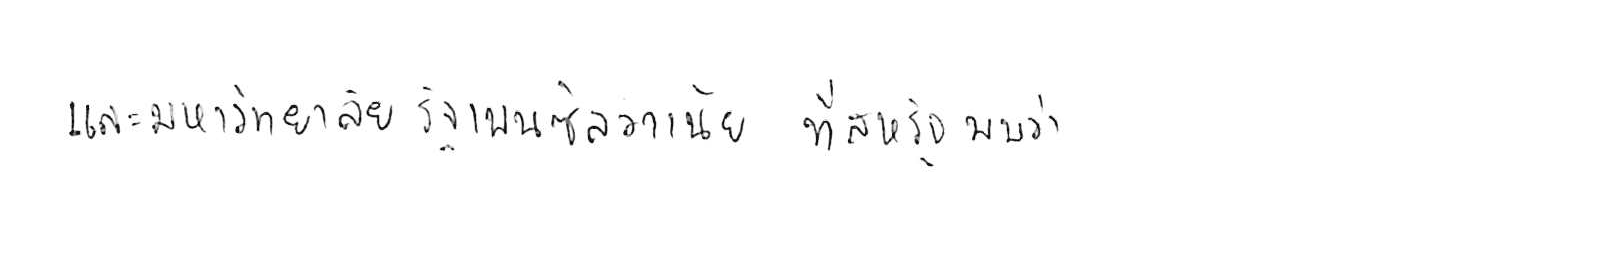
และมหาวิทยาลัยรัฐเพนซิลวาเนีย ที่สหรัฐ พบว่า